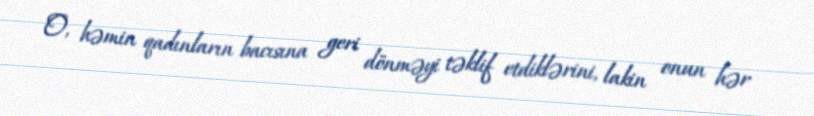
O, həmin qadınların bacısına geri dönməyi təklif etdiklərini, lakin onun hər